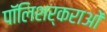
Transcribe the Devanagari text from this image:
पॉलिशर्कराओं